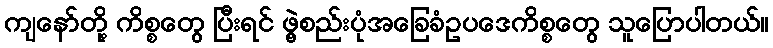
ကျနော်တို့ ကိစ္စတွေ ပြီးရင် ဖွဲ့စည်းပုံအခြေခံဥပဒေကိစ္စတွေ သူပြောပါတယ်။